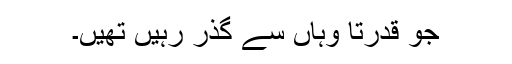
جو قدرتاَ وہاں سے گذر رہیں تھیں۔